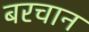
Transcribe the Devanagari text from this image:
बरचान